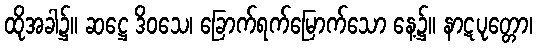
ထိုအခါ၌။ ဆဋ္ဌေ ဒိဝသေ၊ ခြောက်ရက်မြောက်သော နေ့၌။ နာဋပုတ္တော၊